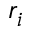
r _ { i }